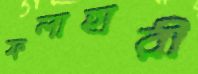
ফলাহারী